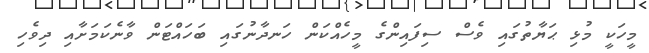
މީހަކީ މުޅި ޙަޔާތުގައި ވެސް ސިފައިންގެ މީހެއްކަން ހަނދާނުގައި ބަހައްޓަން ވާނެކަމަށާއި ދިވެހި